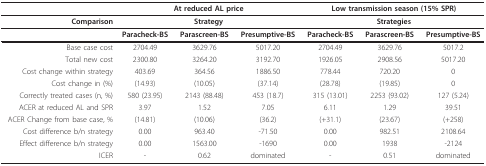
|  | <COLSPAN=3> At reduced AL price | <COLSPAN=3> Low transmission season (15% SPR) |
 | --- | --- | --- | --- | --- | --- | --- |
 | Comparison | <COLSPAN=3> Strategy | <COLSPAN=3> Strategies |
 |  | Paracheck-BS | Parascreen-BS | Presumptive-BS | Paracheck-BS | Parascreen-BS | Presumptive-BS |
 | Base case cost | 2704.49 | 3629.76 | 5017.20 | 2704.49 | 3629.76 | 5017.2 |
 | Total new cost | 2300.80 | 3264.20 | 3192.70 | 1926.05 | 2908.56 | 5017.20 |
 | Cost change within strategy | 403.69 | 364.56 | 1886.50 | 778.44 | 720.20 | 0 |
 | Cost change in (%) | (14.93) | (10.05) | (37.14) | (28.78) | (19.85) | 0 |
 | Correctly treated cases (n, %) | 580 (23.95) | 2143 (88.48) | 453 (18.7) | 315 (13.01) | 2253 (93.02) | 127 (5.24) |
 | ACER at reduced AL and SPR | 3.97 | 1.52 | 7.05 | 6.11 | 1.29 | 39.51 |
 | ACER Change from base case, % | (14.81) | (10.06) | (36.2) | (+31.1) | (23.67) | (+258) |
 | Cost difference b/n strategy | 0.00 | 963.40 | -71.50 | 0.00 | 982.51 | 2108.64 |
 | Effect difference b/n strategy | 0.00 | 1563.00 | -1690 | 0.00 | 1938 | -2124 |
 | ICER | - | 0.62 | dominated | - | 0.51 | dominated |